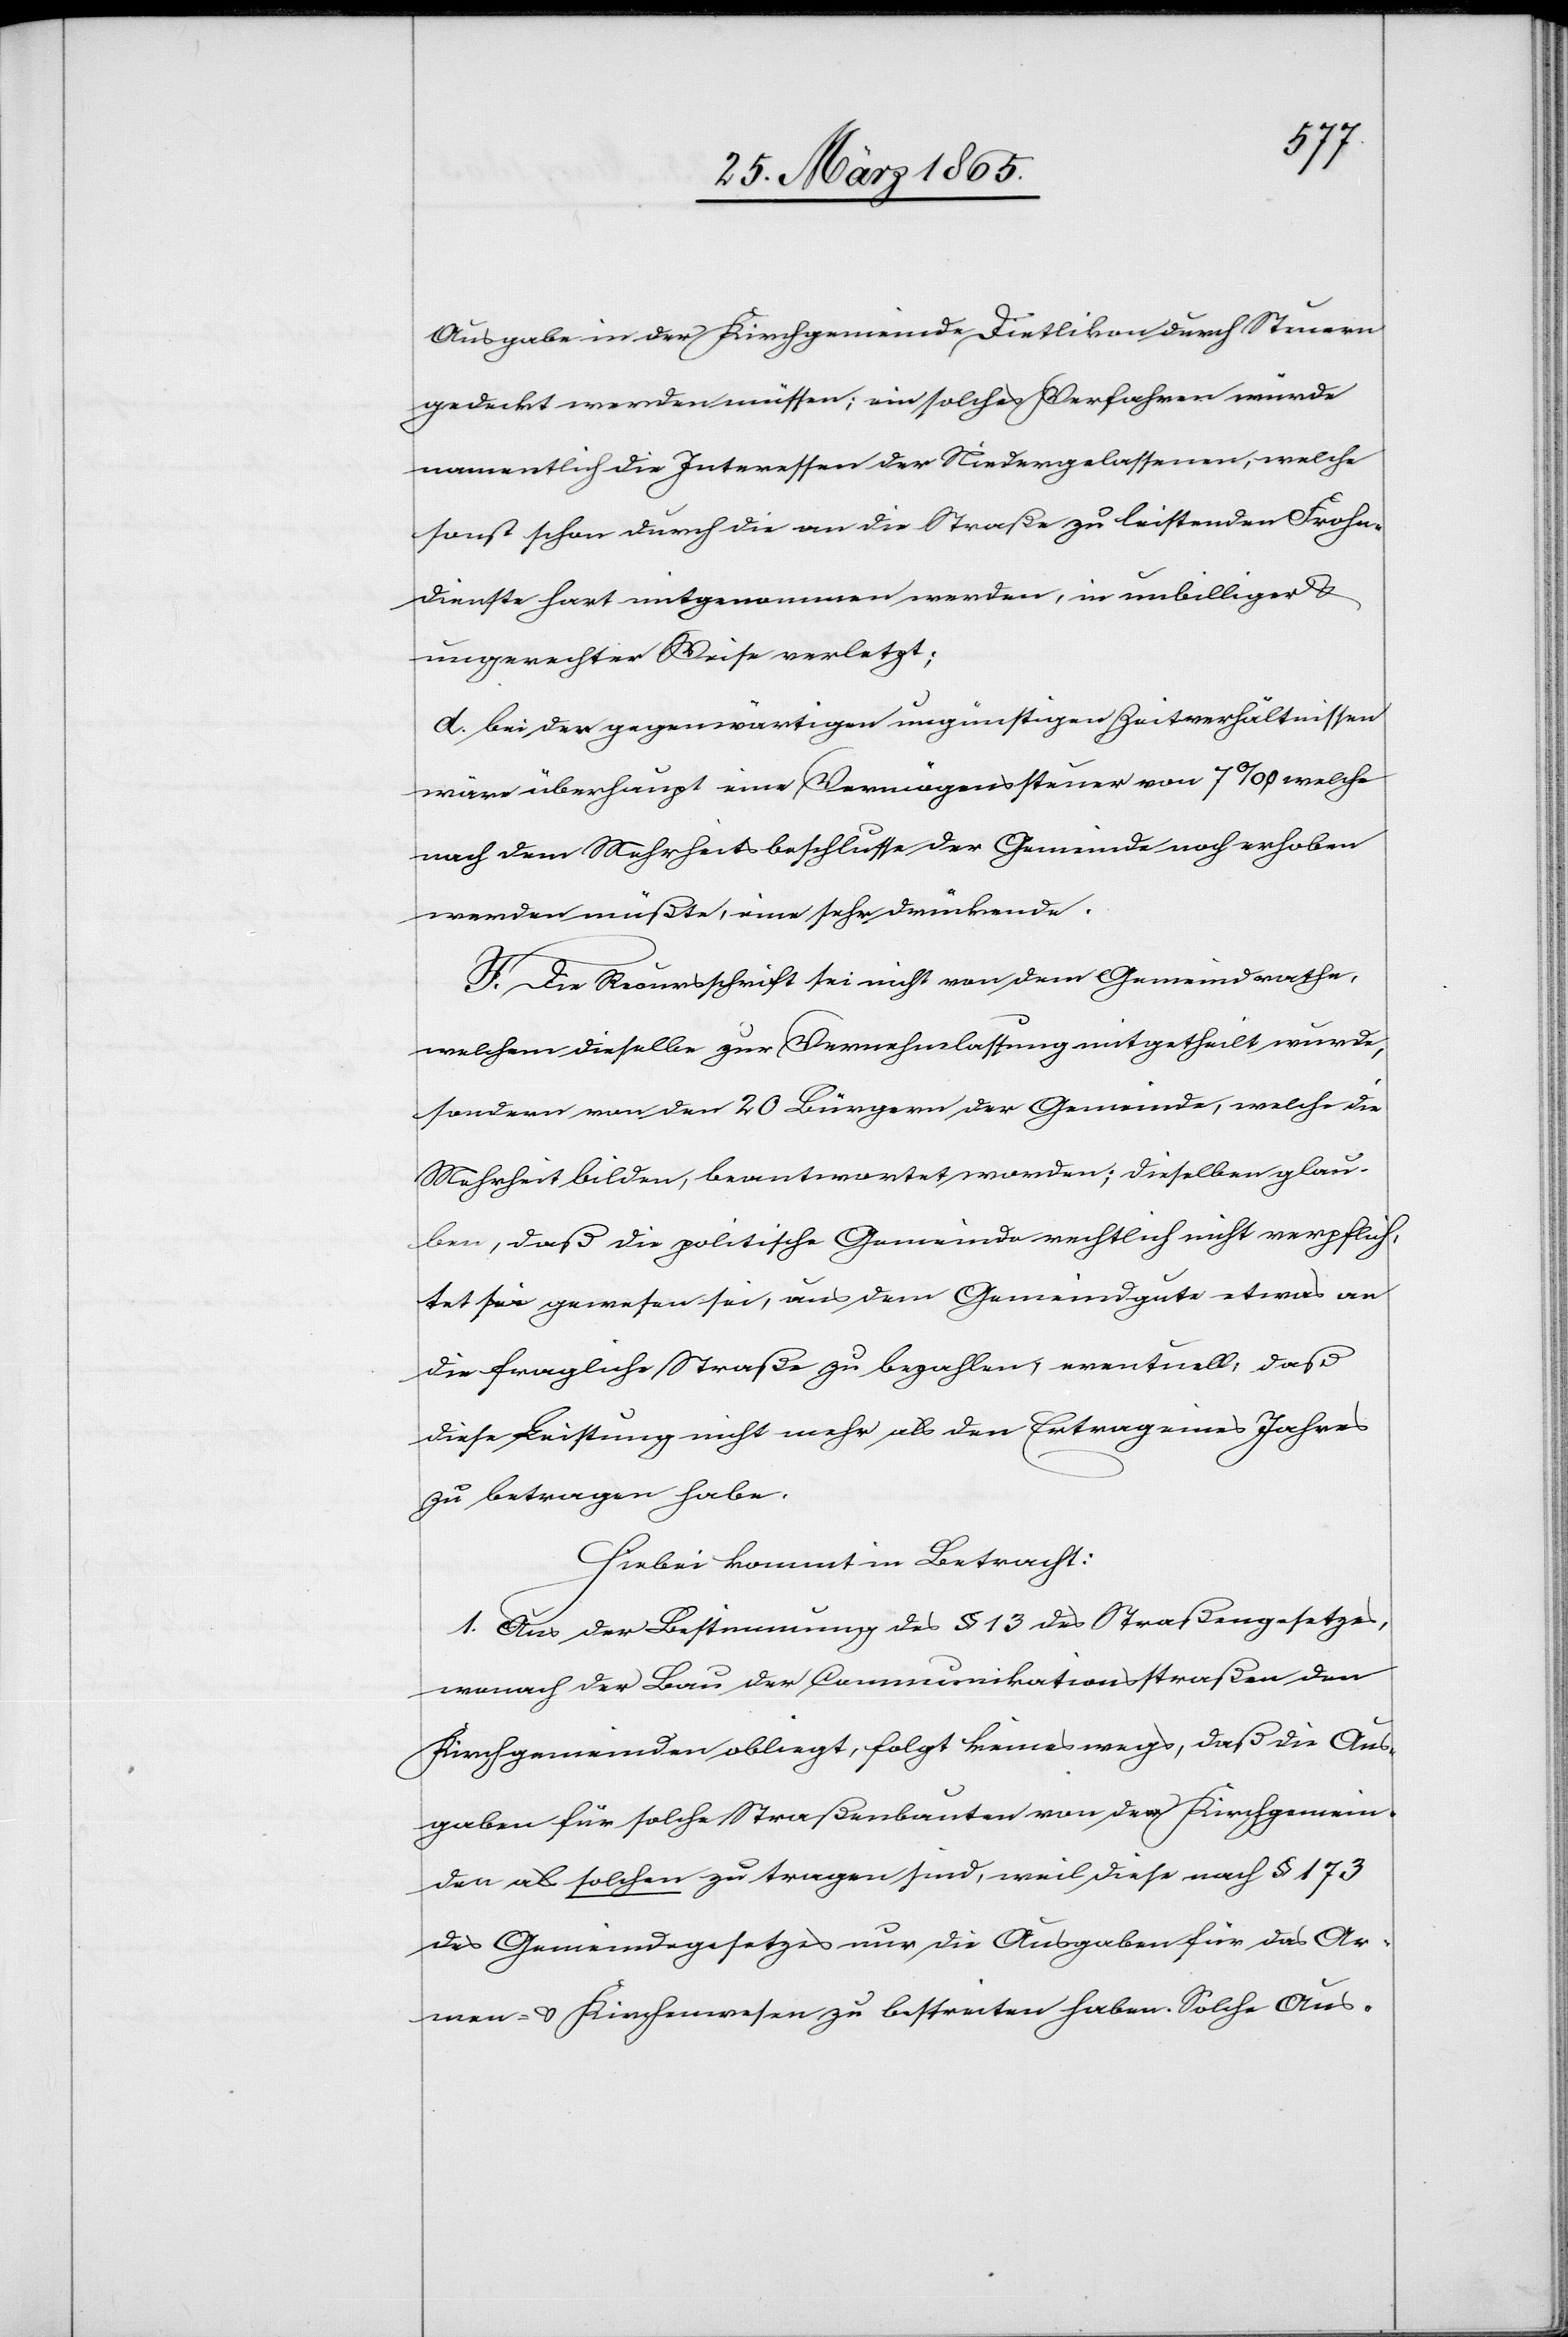
Ausgabe in der Kirchgemeinde Dietlikon durch Steuern
gedeckt werden müssen; ein solches Verfahren würde
namentlich die Interessen der Niedergelassenen, welche
sonst schon durch die an die Straße zu leistenden Frohn¬
dienste hart mitgenommen werden, in unbilliger &
ungerechter Weise verletzt;
d. bei den gegenwärtigen ungünstigen Zeitverhältnissen
wäre überhaupt eine Vermögenssteuer von 7 ‰, welche
nach dem Mehrheitsbeschlusse der Gemeinde noch erhoben
werden müßte, eine sehr drückende.
F. Die Recursschrift sei nicht von dem Gemeindrathe,
welchem dieselbe zur Vernehmlassung mitgetheilt wurde,
sondern von den 20 Bürgern der Gemeinde, welche die
Mehrheit bilden, beantwortet worden; dieselben glau¬
ben, daß die politische Gemeinde rechtlich nicht verpflich¬
tet gewesen sei, aus dem Gemeindegute etwas an
die fragliche Straße zu bezahlen, eventuell, daß
diese Leistung nicht mehr als den Ertrag eines Jahres
zu betragen habe.
Hiebei kommt in Betracht:
1. Aus der Bestimmung des § 13 des Straßengesetzes,
wonach der Bau der Communikationsstraßen den
Kirchgemeinden obliegt, folgt keineswegs, daß die Aus¬
gaben für solche Straßenbauten von der Kirchgemein¬
de als solchen zu tragen sind, weil diese nach § 173
des Gemeindegesetzes nur die Ausgaben für das Ar¬
men- & Kirchenwesen zu bestreiten haben. Solche Aus-